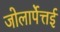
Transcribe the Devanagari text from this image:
जोलार्पेत्तई